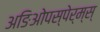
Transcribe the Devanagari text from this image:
अङिओपस्पेर्म्स्